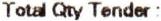
TOTAL QTY TENDER :